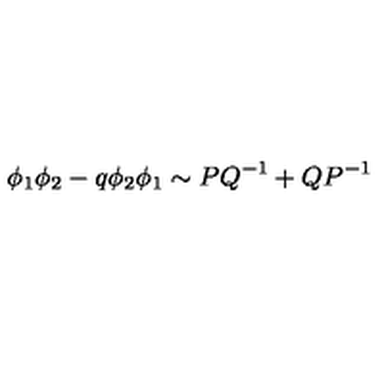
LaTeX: \phi _ { 1 } \phi _ { 2 } - q \phi _ { 2 } \phi _ { 1 } \sim P Q ^ { - 1 } + Q P ^ { - 1 }